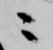
ニ